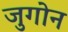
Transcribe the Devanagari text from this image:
जुगोन